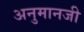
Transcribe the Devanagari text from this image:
अनुमानजी